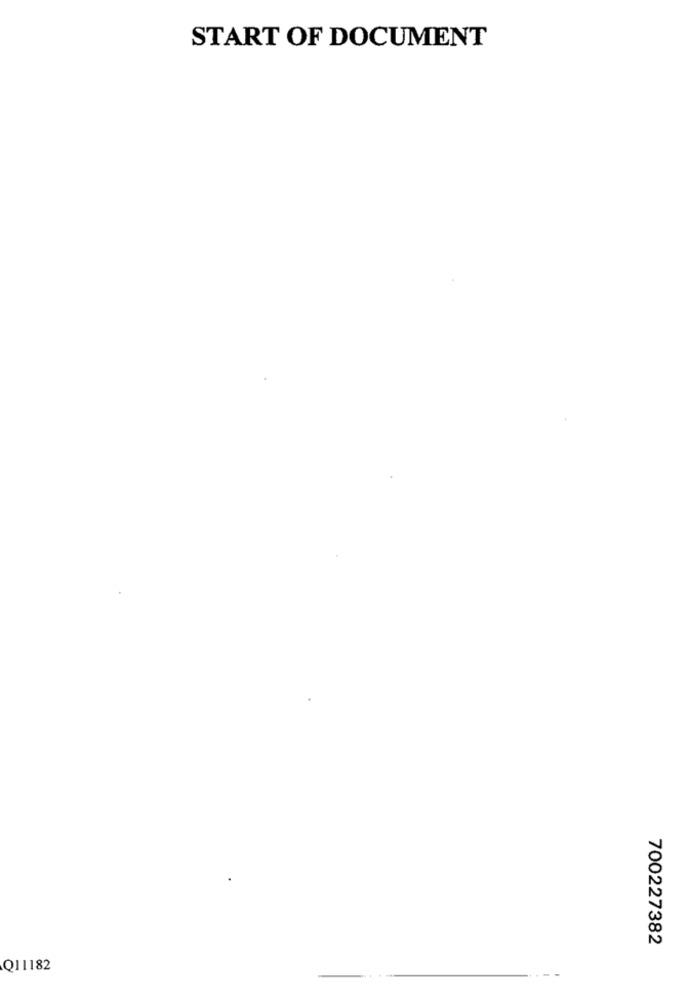
START OF DOCUMENT
700227382
Q11182